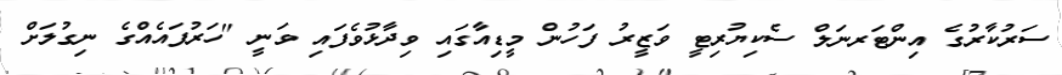
ސަރުކާރުގެ އިންޓަރނަލް ސެކިޔުރިޓީ ވަޒީރު ފަހުން މީޑިއާގައި ވިދާޅުވެފައި ވަނީ "ހަރުފައެއްގެ ނިގުލަށް